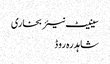
سینیٹ نیئر بخاری
شاہدرہ روڈ